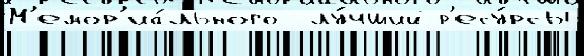
М'емор'иа́льного  лу́чший р'есу́рсы